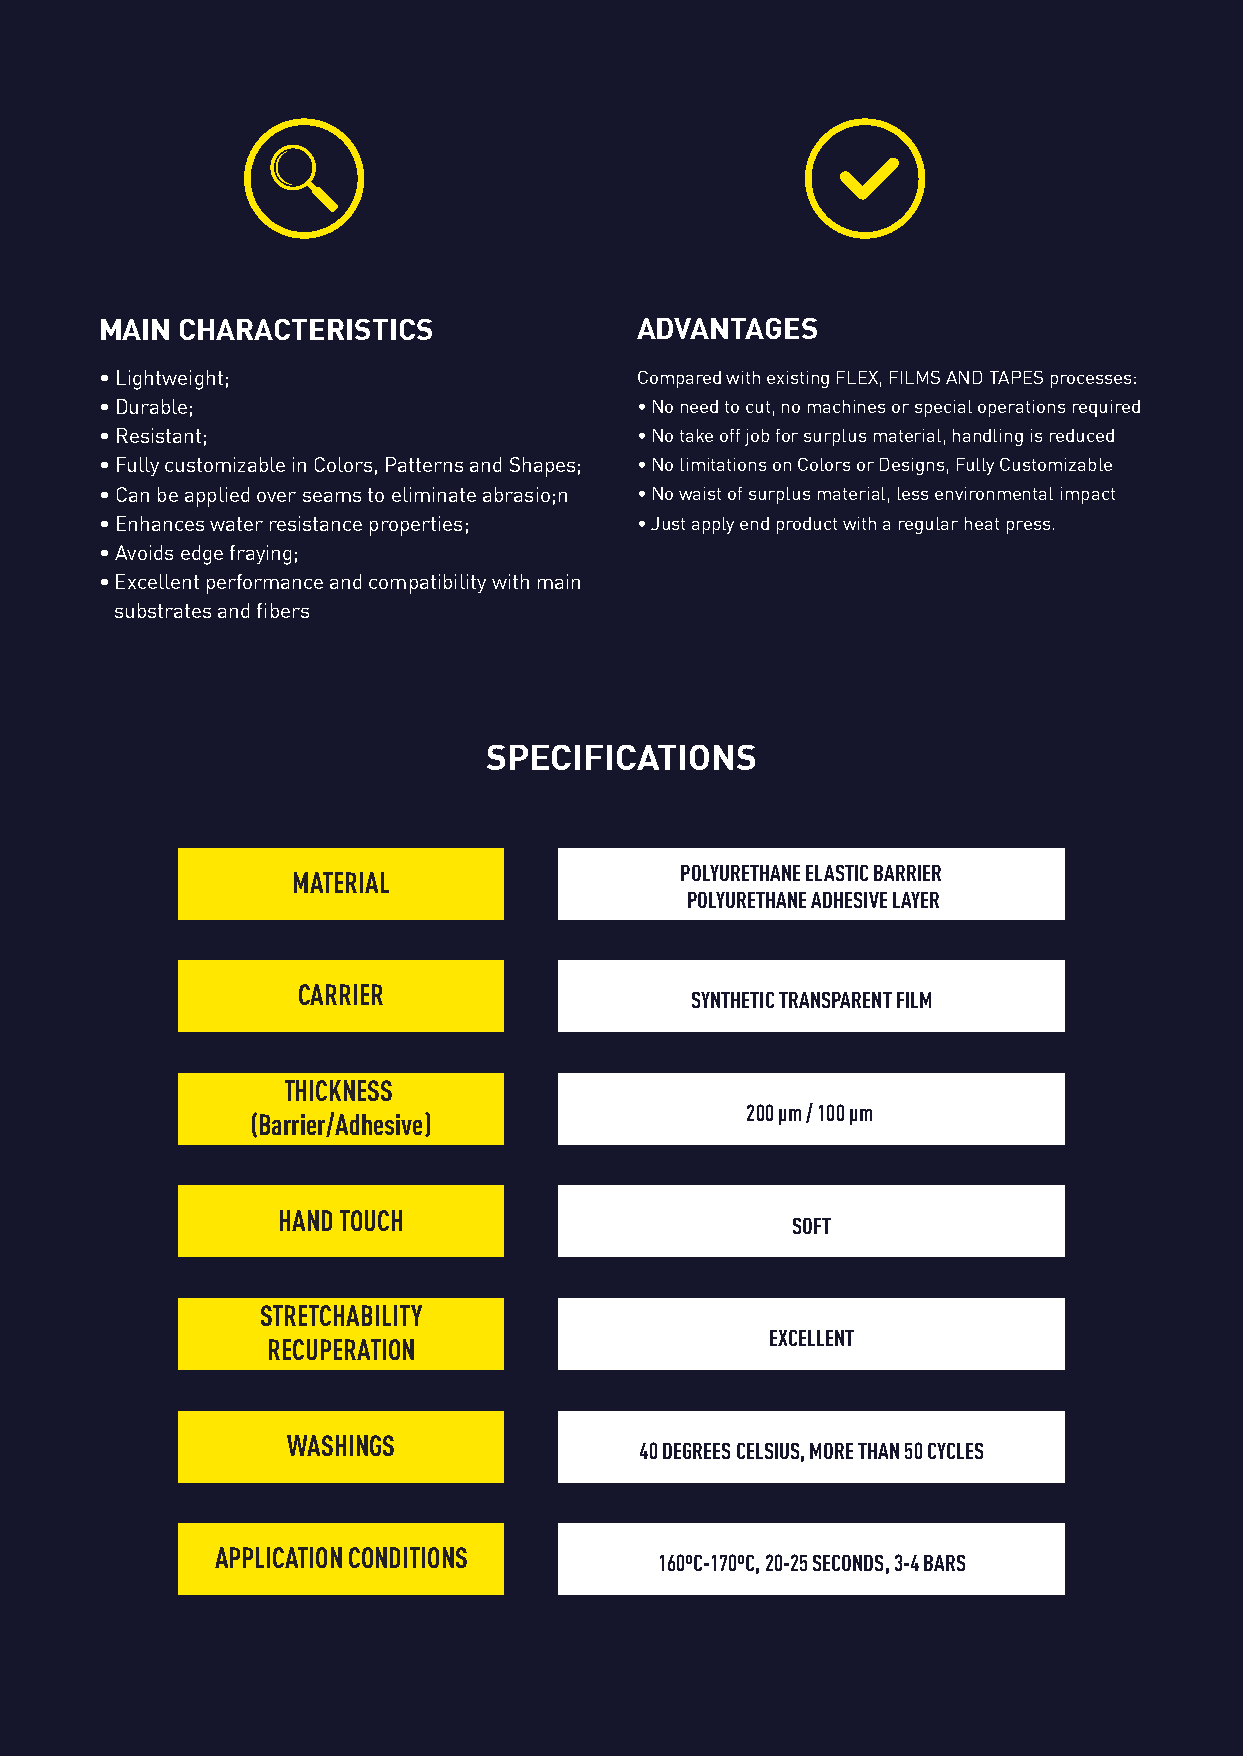
MAIN CHARACTERISTICS               ADVANTAGES
 • Lightweight;                     Compared with existing FLEX, FILMS AND TAPES processes:
 • Durable;                         • No need to cut, no machines or special operations required
 • Resistant;                       • No take off job for surplus material, handling is reduced
 • Fully customizable in Colors, Patterns and Shapes; • No limitations on Colors or Designs, Fully Customizable
 • Can be applied over seams to eliminate abrasio;n • No waist of surplus material, less environmental impact
 • Enhances water resistance properties; • Just apply end product with a regular heat press.
 • Avoids edge fraying;
 • Excellent performance and compatibility with main
 substrates and fibers
 SPECIFICATIONS
 POLYURETHANE ELASTIC BARRIER
 MATERIAL
 POLYURETHANE ADHESIVE LAYER
 CARRIER
 SYNTHETIC TRANSPARENT FILM
 THICKNESS
 200 µm / 100 µm
 (Barrier/Adhesive)
 HAND TOUCH
 SOFT
 STRETCHABILITY
 EXCELLENT
 RECUPERATION
 WASHINGS
 40 DEGREES CELSIUS, MORE THAN 50 CYCLES
 APPLICATION CONDITIONS
 160ºC-170ºC, 20-25 SECONDS, 3-4 BARS